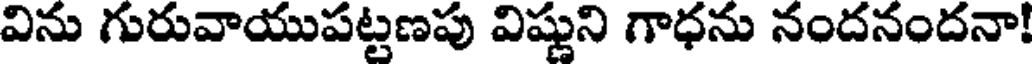
విను గురువాయుపట్టణపు విష్ణుని గాధను నందనందనా!